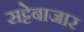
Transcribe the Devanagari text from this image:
सट्टेबाजार